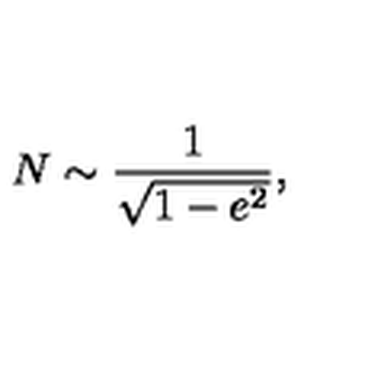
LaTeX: N \sim \frac { 1 } { \sqrt { 1 - e ^ { 2 } } } ,